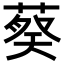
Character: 𬝢